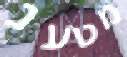
מטענ